Indian journal of veterinary science and animal husbandry - Volumes 22-23, 1952-1953
Year: 1952
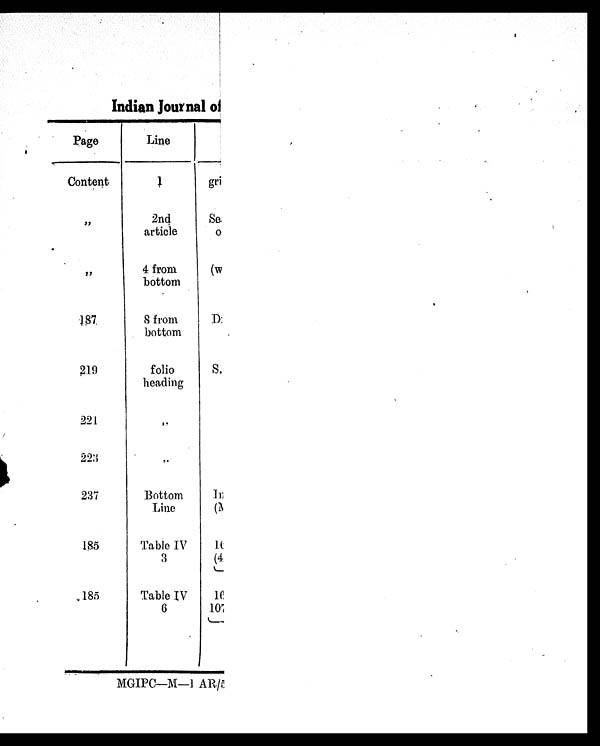
Indian Journal of
Page
Content
"
"
187
219
221
223
237
185
185
Line
1
2nd
article
4 from
bottom
8 from
bottom
folio
heading
"
"
Bottom
Line
Table IV
3
Table IV
6
gri
SA.
o
(w
D
S.
In
(M
16
(4
16
107
MGIPC—M—1 AR/5